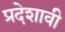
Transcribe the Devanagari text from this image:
प्रदेशावी